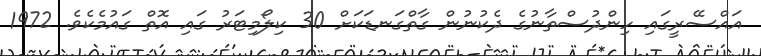
އައްސޭރީގައި ހިންދުސްތާނުގެ ދެކުނުން ގާތްގަނޑަކަށް 30 ކިލޯމިޓަރު ގައި އޮތް ގައުމެކެވެ. 1972